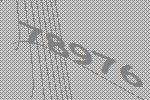
78976